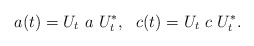
\begin{align*}a(t) = U_t ~a~ U_t^{*} ,~~ c(t) = U_t~ c~ U_t^{*}.\end{align*}